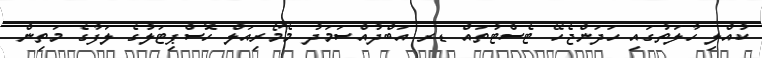
ކުއްލި ހާލަތުގައި ހަދަންޖެހޭ ޓެސްޓުތައް ޑރ އަބްދުއްސަމަދު މެމޯރިއަލް ހޮސްޕިޓަލުގެ ލަފާގެ މަތިން